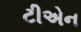
ટીએન